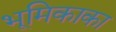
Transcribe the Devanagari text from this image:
भूमिकाका